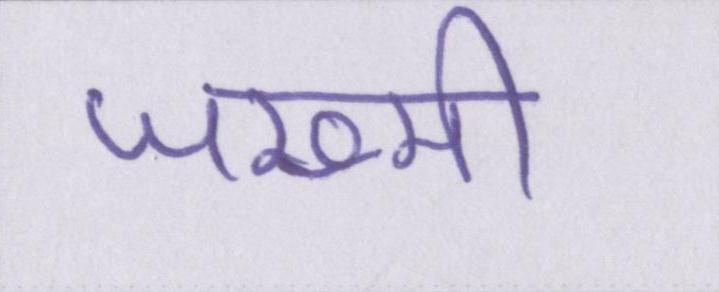
जख्मी